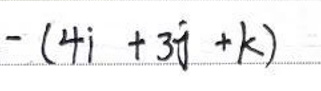
$- ( 4 \mathbf{i} + 3 \mathbf{j} + \mathbf{k})$